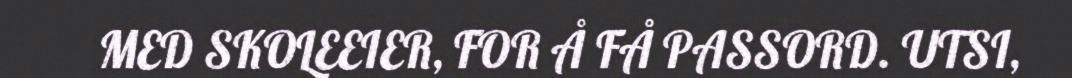
MED SKOLEEIER, FOR Å FÅ PASSORD. UTSI,